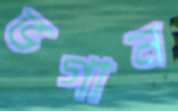
ভগান